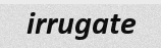
irrugate